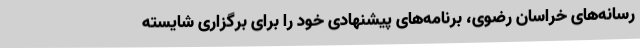
رسانه‌های خراسان رضوی، برنامه‌های پیشنهادی خود را برای برگزاری شایسته